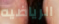
الرياضيه